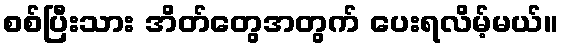
စစ်ပြီးသား အိတ်တွေအတွက် ပေးရလိမ့်မယ်။